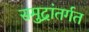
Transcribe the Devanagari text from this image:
समुद्रांतर्गत